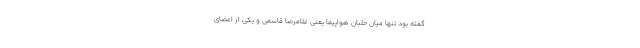
گفته بود تنها میان خلبان هواپیما یعنی غلامرضا قاسمی و یکی از اعضای